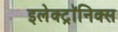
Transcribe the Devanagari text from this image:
इलेक्ट्राॅनिक्स